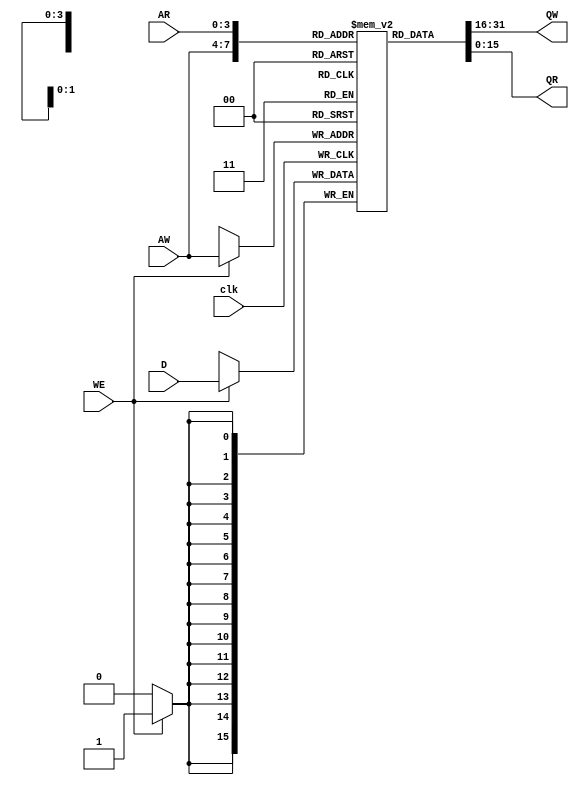
module myRAM_WxD_D_1(D,WE,clk,AW,AR,QW,QR);
parameter DATA_WIDTH=16;
parameter DATA_DEPTH=4;
parameter DATA_2DEPTH=(1<<DATA_DEPTH)-1;
    input	 [DATA_WIDTH-1:0]	D;
    input				WE,clk;
    input	 [DATA_DEPTH-1:0]	AW;
    input	 [DATA_DEPTH-1:0]	AR;
    output [DATA_WIDTH-1:0]	QW;
    output [DATA_WIDTH-1:0]	QR;
    reg	 [DATA_WIDTH-1:0]	ram [0:DATA_2DEPTH];
    always @ (negedge clk) if (WE) ram[AW] <= D; 
    assign	QW= ram[AW];
    assign	QR= ram[AR];
endmodule